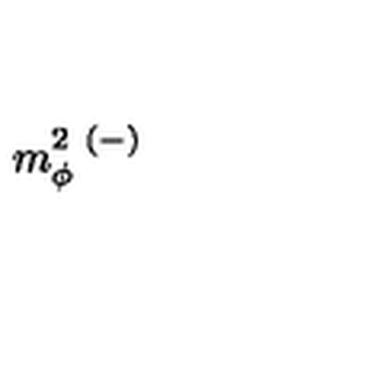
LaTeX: m _ { \phi } ^ { 2 \ ( - ) }